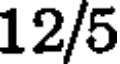
12/5